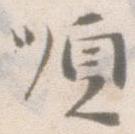
順